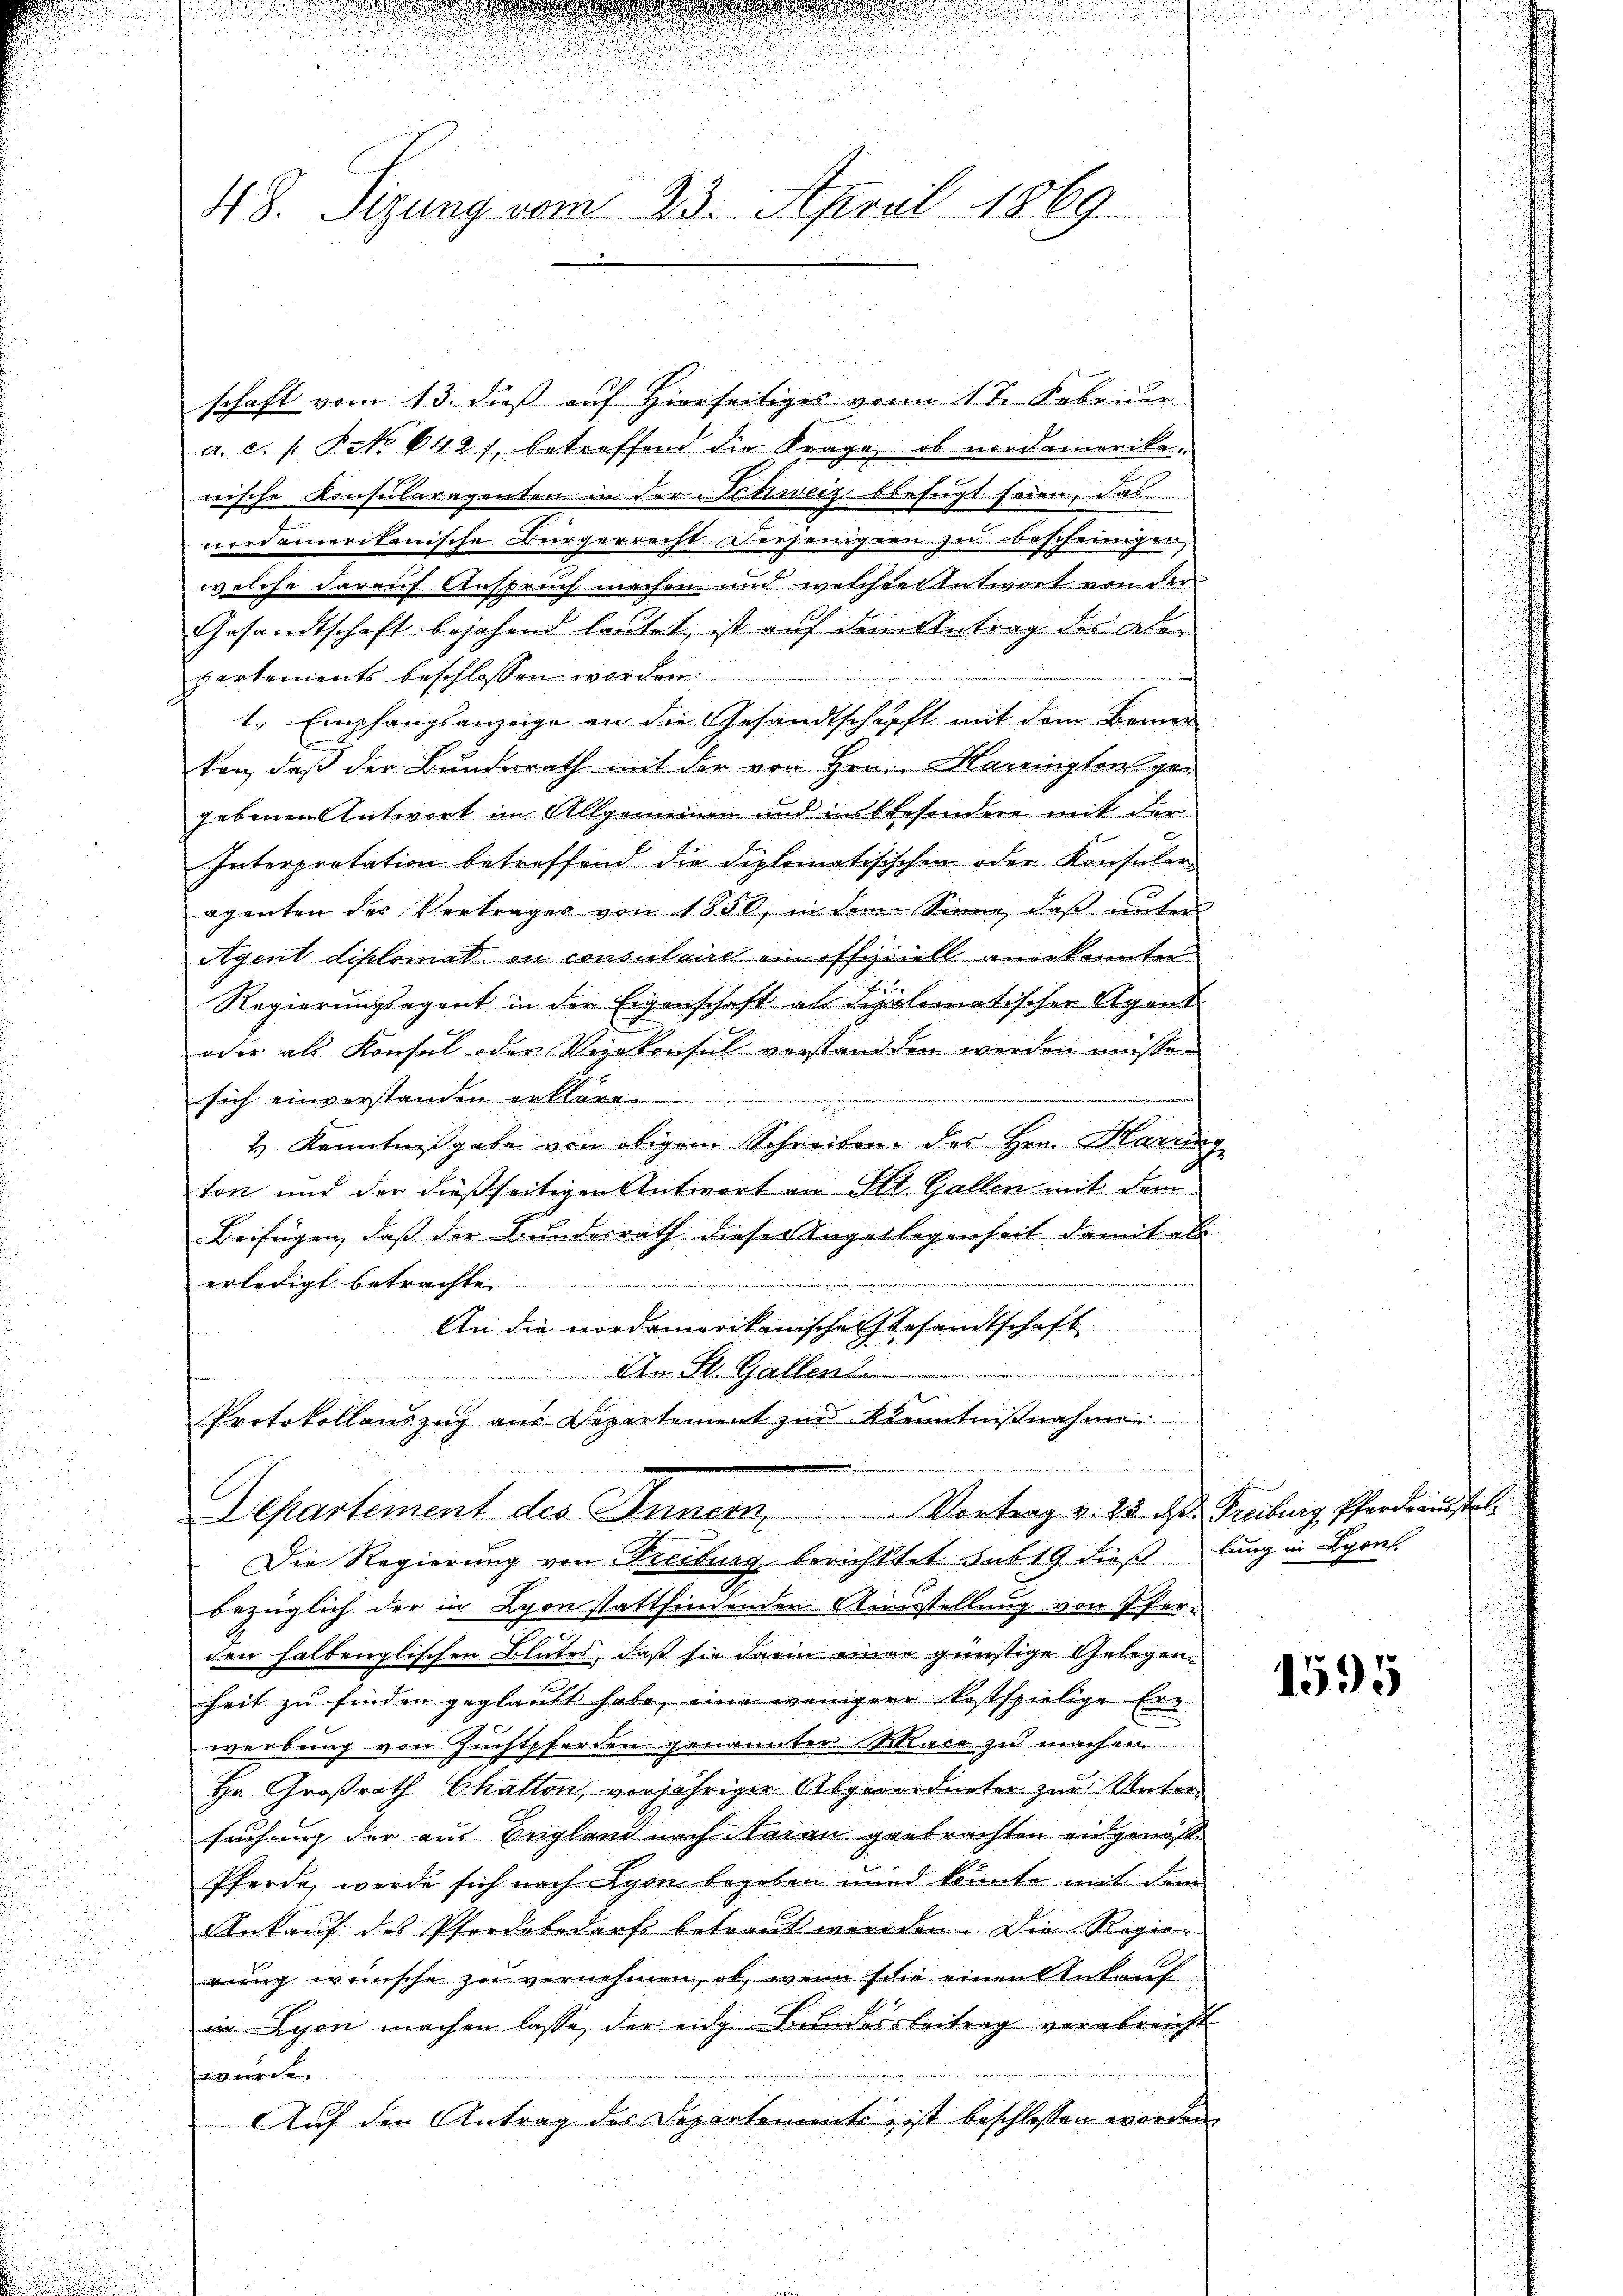
48. Sizung vom 23. April 1869.

schaft vom 13. dieß auf Hierseitiges von 1 te. Februar
a. c. s. No 642), betreffend die Frage, ob nordamerikan
wische Konsularagenten in der Schweiz befugt seien, das
cordamerikanische Bürgerrecht derjenigern zu bescheinigen,
welche darauf Anspruch machen und welcher Entwort von der
Gesandtschaft bejahend lautet, ist auf dem Antrag des Aler
partements beschlossen worden.
1., Empfangsanzeige an die Gesandtschafft mit dem Bemer
ken, daß der Bunderrath mit der von Herrn Maringtons ge-
gebenen Antwort im Allgemeinen und insbesondere mit For
Interpretation betreffend die diplomatisischen oder Konsular-
aganten des Vortrages von 1850, in dem Sinne, daß unter
Agent diplomat in consulaire ein officiell angekonnten

Regierungsagent in der Eigenschaft als diplomatischer Agent
oder als Konsul oder Vizekonsul verstanden werden müssen
sich einverstanden erklären.
2.) Kenntnißgabe von obigem Schreiben des Hrn. Harung
ton und der dießseitigen Antwort an Ilt. Gallen mit dem
Beifügen, daß der Bunderrath dieser Angelegenheit damit als
erledigt betrachte
An die nordamerikanischen Gesandtschaft
An St. Gallen
Protokollauszug aus Departement zur Kenntnißnahme
m
Departement des Innern Vortrag v. 23. dass Freiburg, Pferdinistr
Die Regierung von Freiburg berichttet sub 19 dieß lung in Lyon
bezüglich der in Lyon stattfindenden Ausstellung von Pfercen halbenglischen Blutes, daß sie darin einer günstige Gelegenheit zu finden geglaubt habe, eine wenigere kostspielige Erwerbung von Zuchtpferden genannter Wlace zu machen
Hr. Großrath Chatten, vorjähriger Abgeordneter zur Untersuchung der aus Begland nach Aarau getrachten angenos¬
Pferde, werde sich nach Lyon begeben wird konnte mit dem
Ankauf des Pferdebedarf betraut werden. Die Regier
rung wünsche zu vernehmen, ob, wenn sche einen Ankauf
in Lyon machen lasse, der eige Bundesbeitrag verabreicht
wurde
Auf den Antrag des Departementi, ist beschlossen worden,

1595